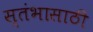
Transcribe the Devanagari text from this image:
स्तंभासाठी